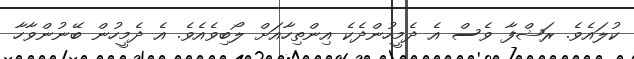
ކުލައެވެ. ރަޝްފާ ވެސް އެ ދެމީހުންދެކެ އިންތިހާއަށް ލޯބިވެއެވެ. އެ ދެމީހުން ބޭނުންވާހާ